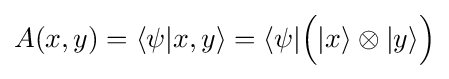
A(x,y)=\langle \psi |x,y\rangle =\langle \psi |{\Big (}|x\rangle \otimes |y\rangle {\Big )}